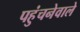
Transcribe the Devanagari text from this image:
पहुंचनेवाले